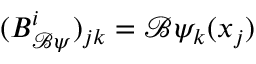
( { \boldsymbol { { B } } _ { \mathcal B \psi } ^ { i } } ) _ { j k } = \mathcal B { \psi _ { k } ( \boldsymbol { x } _ { j } ) }